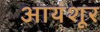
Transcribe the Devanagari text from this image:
आयंशूर